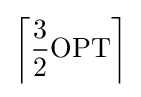
\left\lceil {\frac {3}{2}}\mathrm {OPT} \right\rceil